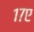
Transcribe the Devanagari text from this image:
१७ए